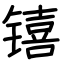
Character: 𬭳